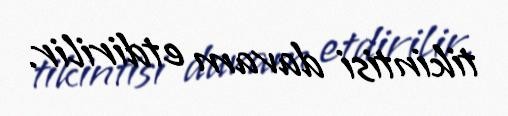
tikintisi davam etdirilir.